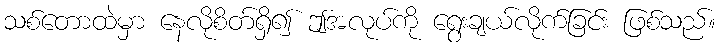
သစ်တောထဲမှာ နေလိုစိတ်ရှိ၍ ဤအလုပ်ကို ရွေးချယ်လိုက်ခြင်း ဖြစ်သည်။